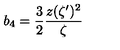
b _ { 4 } = \frac { 3 } { 2 } { \frac { z ( \zeta ^ { \prime } ) ^ { 2 } } { \zeta } }